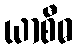
ယာစီဓ